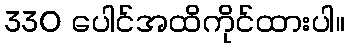
330 ပေါင်အထိကိုင်ထားပါ။